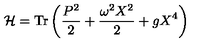
{ \cal H } = \mathrm { T r } \left( \frac { P ^ { 2 } } { 2 } + \frac { \omega ^ { 2 } X ^ { 2 } } { 2 } + g X ^ { 4 } \right)